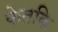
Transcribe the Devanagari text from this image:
केतकि